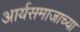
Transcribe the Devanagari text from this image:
आर्यसमाजाच्या